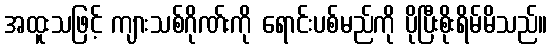
အထူးသဖြင့် ကျားသစ်ဂိုဏ်းကို ရောင်းပစ်မည်ကို ပိုပြီးစိုးရိမ်မိသည်။